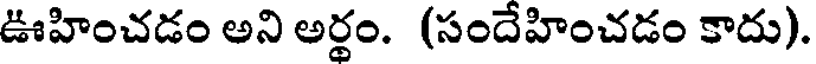
ఊహించడం అని అర్థం. (సందేహించడం కాదు).